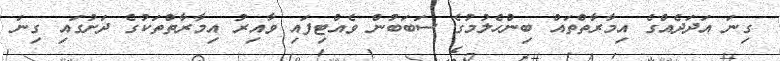
ގިނަ އަދަދެއްގެ އިމާރާތްތައް ބިންހެލުމުގެ ސަބަބުން ވެއްޓިފައި ވާއިރު އިމާރާތްތަކުގެ ދަށުގައި ގިނަ